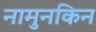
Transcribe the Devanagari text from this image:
नामुनकिन